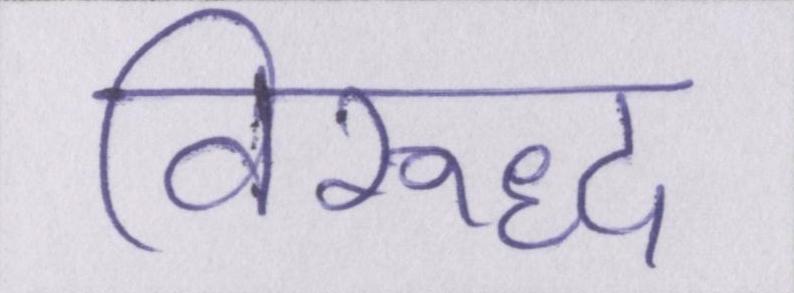
विरूद्ध